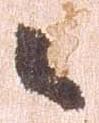
々